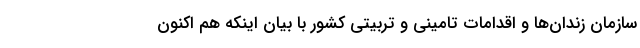
سازمان زندان‌ها و اقدامات تامینی و تربیتی کشور با بیان اینکه هم اکنون